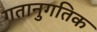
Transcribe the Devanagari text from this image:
गतानुगतिक